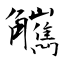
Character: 觽